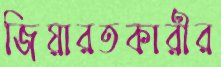
জিয়ারতকারীর